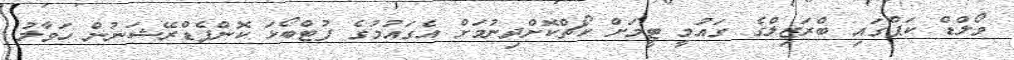
ވޯލްޑް ކަޕްގައި ބްރަޒިލްގެ ގައުމީ ޓީމަށް ކޯޗްކޮށްދިނުމަށް އެގައުމުގެ ފުޓްބޯޅަ ކޮންފެޑްރޭޝަނުން ހަވާލު